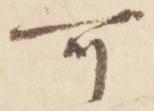
可